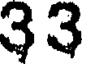
33